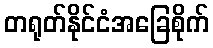
တရုတ်နိုင်ငံအခြေစိုက်